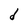
Character: d